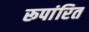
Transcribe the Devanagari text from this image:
रूपांरित